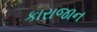
કારાજાન